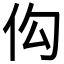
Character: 𪜩